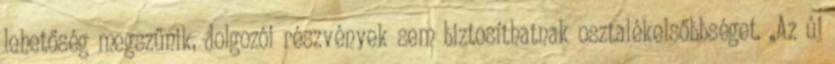
lehetőség megszűnik, dolgozói részvények sem biztosíthatnak osztalékelsőbbséget. „Az új